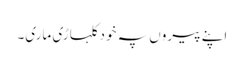
اپنے پیروں پہ خود کلہاڑی ماری۔